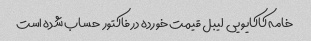
خامه کاکایویی  لیبل قیمت خورده در فاکتور  حساب شده است